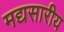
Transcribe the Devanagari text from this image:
मद्यसारीय